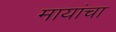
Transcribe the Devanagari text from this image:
मायांचा